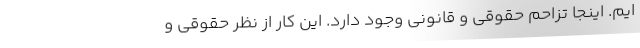
ایم. اینجا تزاحم حقوقی و قانونی وجود دارد. این کار از نظر حقوقی و